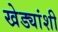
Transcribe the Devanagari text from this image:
खेड्यांशी